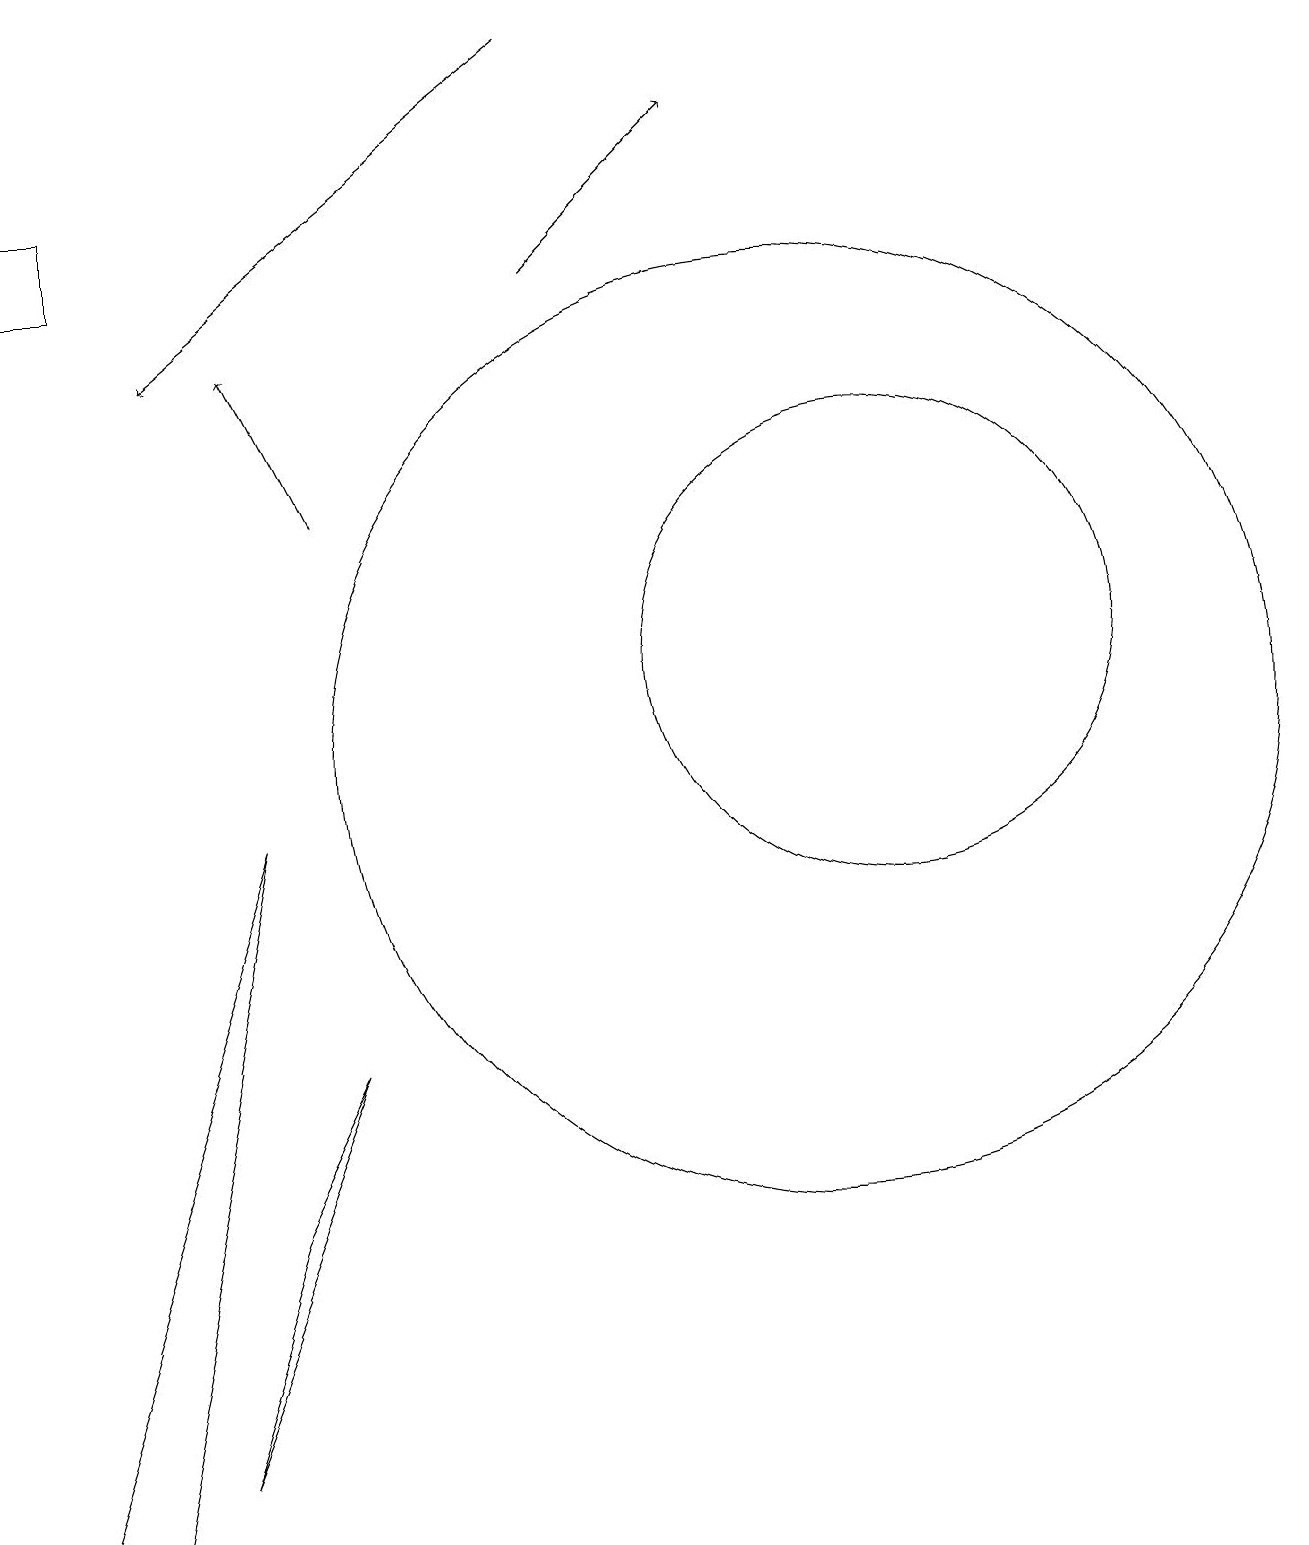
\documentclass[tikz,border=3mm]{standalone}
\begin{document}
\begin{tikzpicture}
\draw[->] (7,16) -- (9,18);
\draw (0,0) -- (3,9) -- (1,0) -- cycle;
\draw (11,11) circle (3);
\draw[->] (7,19) -- (2,15);
\draw[->] (4,13) -- (3,15);
\draw (10,10) circle (6);
\draw (0,16) rectangle (1,17);
\draw (3,4) -- (2,1) -- (4,6) -- cycle;
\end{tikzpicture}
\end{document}